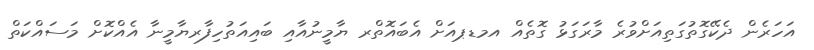
އަހަރެން ދެކޭގޮތުގަތިއަށްވުރެ މާރަގަޅު ގޮތެއް އމޑޕއަށް އެބައޮތްރ ޔާމީނުއާއި ބައިއަތުހިފާރޔާމީނާ އެއްކޮށް މަސައްކަތް